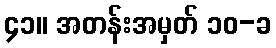
၄၁။ အတန်းအမှတ် ၁၀-ခ